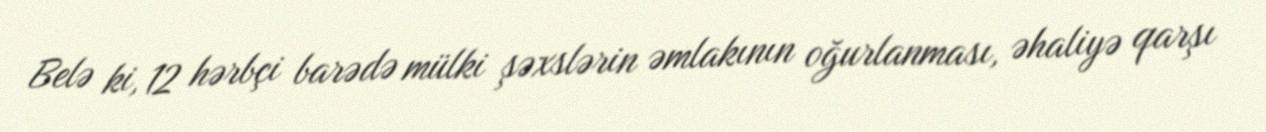
Belə ki, 12 hərbçi barədə mülki şəxslərin əmlakının oğurlanması, əhaliyə qarşı